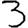
Digit: 3